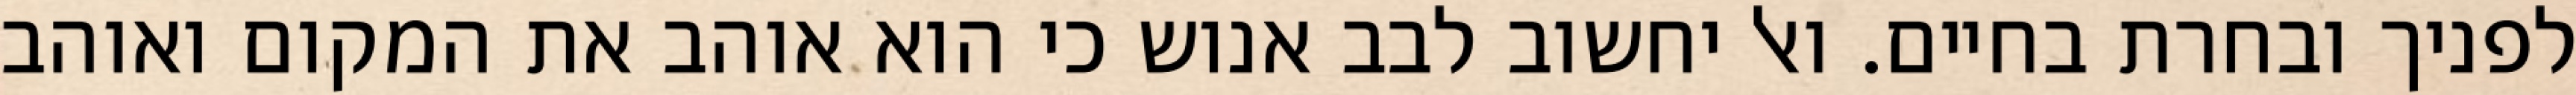
לפניך ובחרת בחיים. ואל יחשוב לבב אנוש כי הוא אוהב את המקום ואוהב